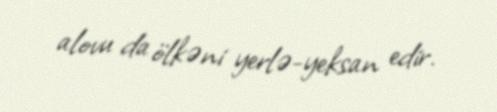
alovu da ölkəni yerlə-yeksan edir.